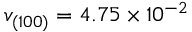
v _ { ( 1 0 0 ) } = 4 . 7 5 \times 1 0 ^ { - 2 }